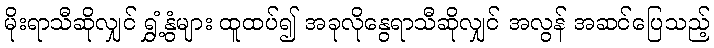
မိုးရာသီဆိုလျှင် ရွှံ့နွံများ ထူထပ်၍ အခုလိုနွေရာသီဆိုလျှင် အလွန် အဆင်ပြေသည့်